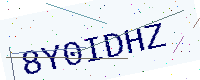
Text: 8Y0IDHZ